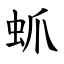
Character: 䖣